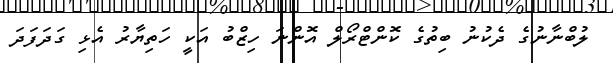
ލުބްނާނުގެ ދެކުނު ބިތުގެ ކޮންޓްރޯލް އޮންނަ ހިޒްބު އަކީ ހަތިޔާރު އެޅި ގަދަފަދަ